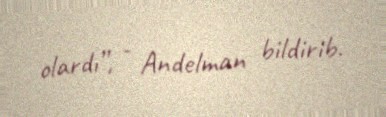
olardı”, - Andelman bildirib.